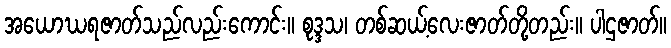
အယောဃရဇာတ်သည်လည်းကောင်း။ စုဒ္ဒသ၊ တစ်ဆယ့်လေးဇာတ်တို့တည်း။ ပါဌဇာတ်။